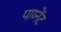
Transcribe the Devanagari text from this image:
पाय्नेंट